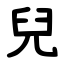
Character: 兒